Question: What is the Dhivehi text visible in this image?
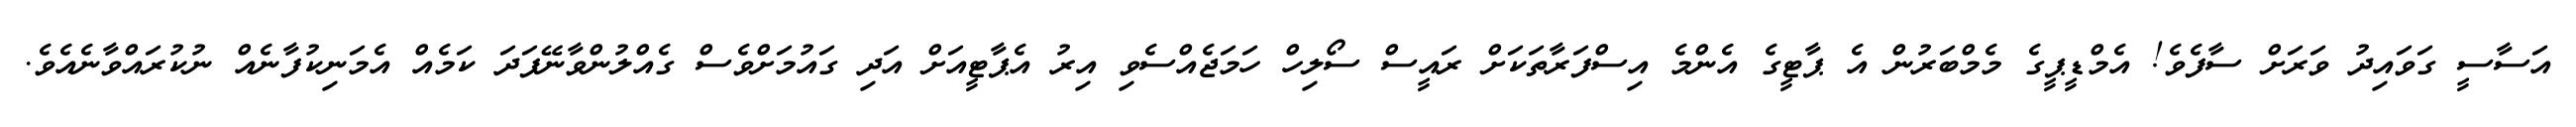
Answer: އަސާސީ ގަވައިދު ވަރަށް ސާފެވެ! އެމްޑީޕީގެ މެމްބަރުން އެ ޕާޓީގެ އެންމެ އިސްފަރާތަކަށް ރައީސް ސޯލިހް ހަމަޖެއްސެވި އިރު އެޕާޓީއަށް އަދި ގައުމަށްވެސް ގެއްލުންވާނޭފަދަ ކަމެއް އެމަނިކުފާނެއް ނުކުރައްވާނެއެވެ.